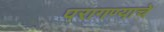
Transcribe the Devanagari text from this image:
परागण्याचे